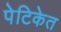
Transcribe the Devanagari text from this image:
पेटिकेत